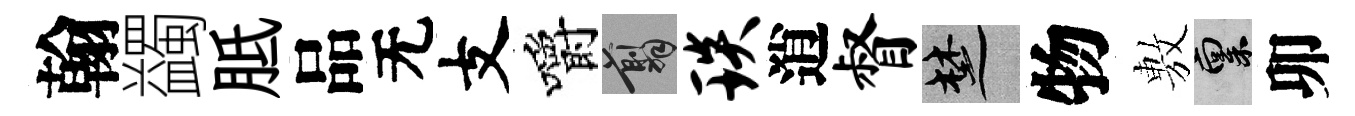
翰蠲胝品无支嚼翦琰逍督楚物𢾾禀卯